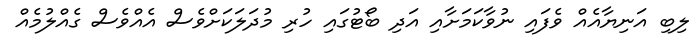
ލިބި އަނިޔާއެއް ވެފައި ނުވާކަމަށާއި އަދި ބޯޓުގައި ހުރި މުދަލަކަށްވެސް އެއްވެސް ގެއްލުމެއް